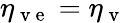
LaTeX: \eta_{\mathrm{~v~e~}}=\eta_{\mathrm{~v~}}